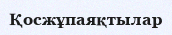
Қосжұпаяқтылар